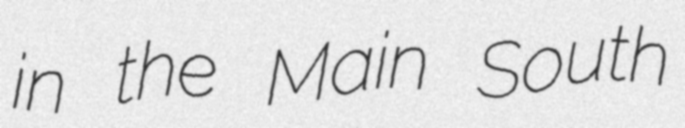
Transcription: in the Main South